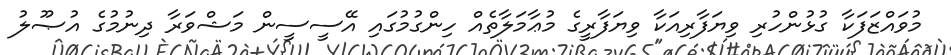
މުވައްޒަފަކާ ގުޅުންހުރި ވިޔަފާރިއަކާ ވިޔަފާރީގެ މުޢާމަލާތެއް ހިންގުމުގައި އޭސީސީން މަޝްވަރާ ދިނުމުގެ އުޞޫލު